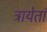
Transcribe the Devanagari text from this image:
त्रायेतां